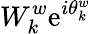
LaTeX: W_{k}^{w}\mathrm{e}^{i\theta_{k}^{w}}